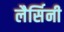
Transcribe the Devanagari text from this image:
लैर्सिनी